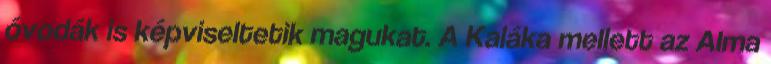
óvodák is képviseltetik magukat. A Kaláka mellett az Alma